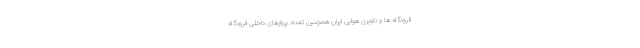
فرودگاه ها و ناوبری هوایی ایران همچنین تعداد پروازهای داخلی فرودگاه